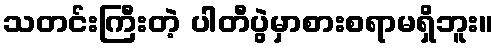
သတင်းကြီးတဲ့ ပါတီပွဲမှာစားစရာမရှိဘူး။